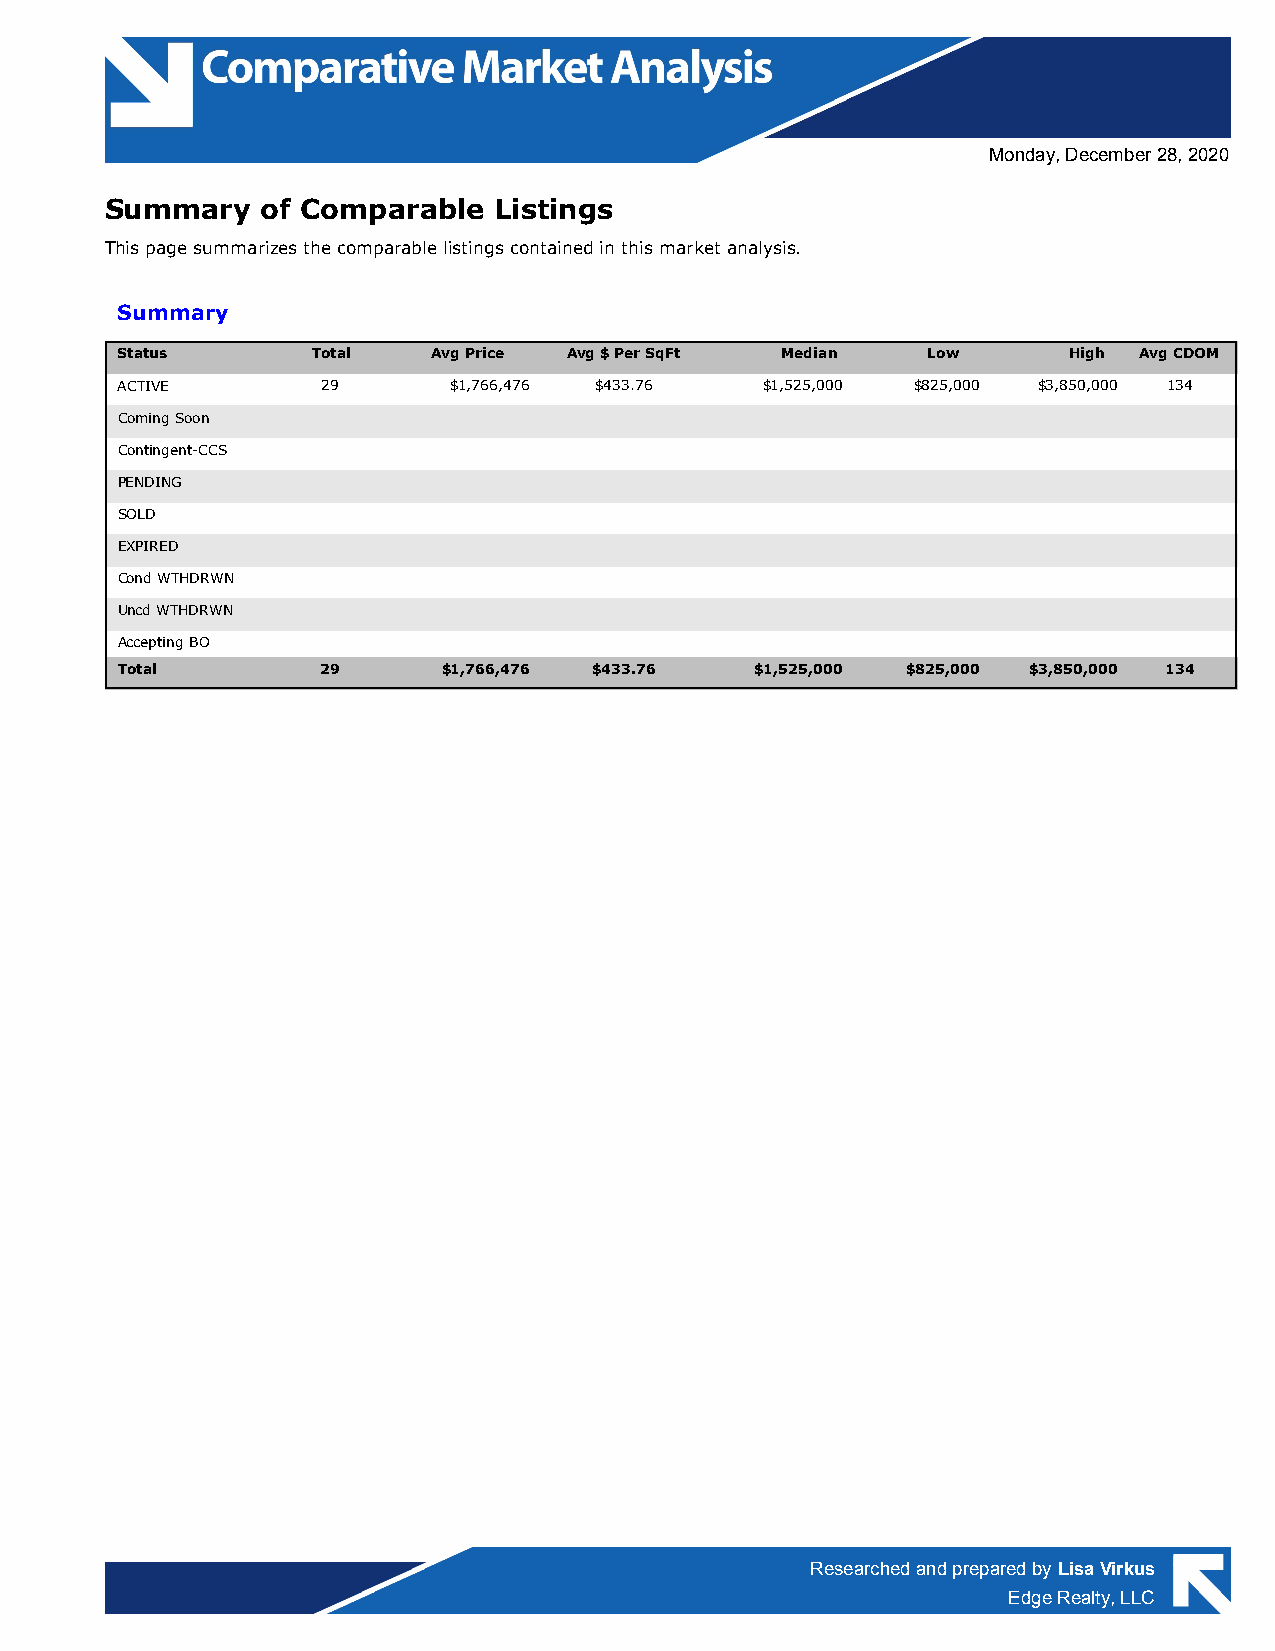
Monday, December 28, 2020
 Summary   of Comparable   Listings
 This page summarizes the comparable listings contained in this market analysis.
 Summary
 Status       Total   Avg Price Avg $ Per SqFt Median Low       High Avg CDOM
 ACTIVE       29       $1,766,476 $433.76  $1,525,000 $825,000 $3,850,000 134
 Coming Soon
 Contingent-CCS
 PENDING
 SOLD
 EXPIRED
 Cond WTHDRWN
 Uncd WTHDRWN
 Accepting BO
 Total        29      $1,766,476 $433.76   $1,525,000 $825,000 $3,850,000 134
 Researched and prepared by Lisa Virkus
 Edge Realty, LLC